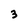
Character: 3